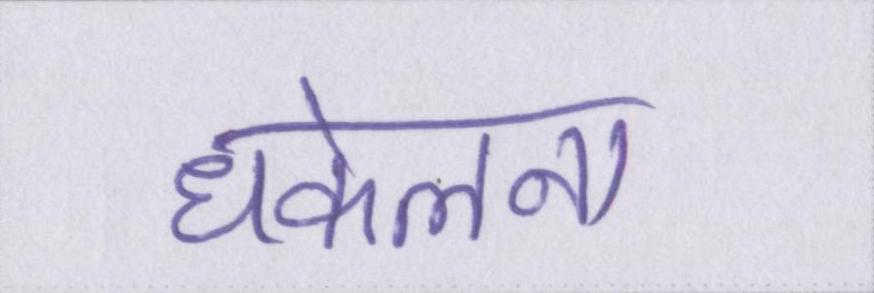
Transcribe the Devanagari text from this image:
धकेलना